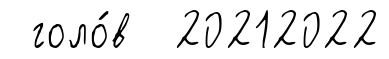
голо́в 20212022